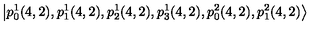
\left| p _ { 0 } ^ { 1 } ( 4 , 2 ) , p _ { 1 } ^ { 1 } ( 4 , 2 ) , p _ { 2 } ^ { 1 } ( 4 , 2 ) , p _ { 3 } ^ { 1 } ( 4 , 2 ) , p _ { 0 } ^ { 2 } ( 4 , 2 ) , p _ { 1 } ^ { 2 } ( 4 , 2 ) \right\rangle \quad